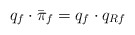
\begin{align*}q_f\cdot{}\bar\pi_f=q_f\cdot{}q_{{R}f}\end{align*}